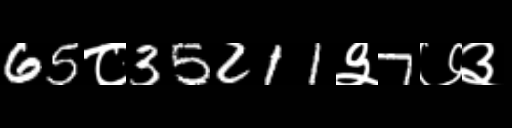
Text: 65८35211३7७३